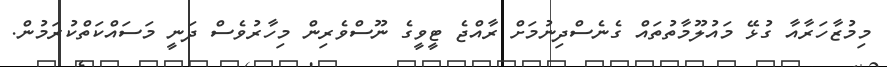
މިމުޒާހަރާއާ ގުޅޭ މައުލޫމާތުތައް ގެނެސްދިނުމަށް ރާއްޖެ ޓީވީގެ ނޫސްވެރިން މިހާރުވެސް ދަނީ މަސައްކަތްކުރަމުން.